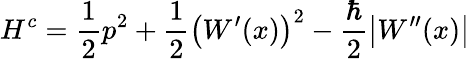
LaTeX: H^{c}=\frac{1}{2}p^{2}+\frac{1}{2}\left(W^{\prime}(x)\right)^{2}-\frac{\hbar}{2}\left|W^{\prime\prime}(x)\right|